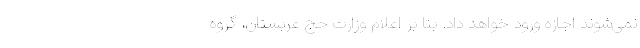
نمی‌شوند اجازه ورود خواهد داد. بنا بر اعلام وزارت حج عربستان، گروه